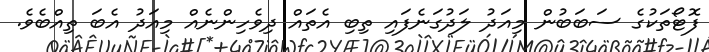
ފޮޓޯތަކުގެ ސަބަބުން މިއަދު ލަދުގަނެފައި ތިބި އެތައް ދިވެހިންނެއް މިއަދު އެބަ ތިއްބެެވެ.